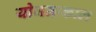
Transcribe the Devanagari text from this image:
योजनाकाल